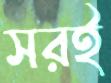
সরই